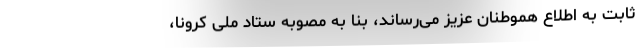
ثابت به اطلاع هموطنان عزیز می‌رساند، بنا به مصوبه ستاد ملی کرونا،